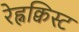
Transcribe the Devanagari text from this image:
रेह्नक्विस्ट